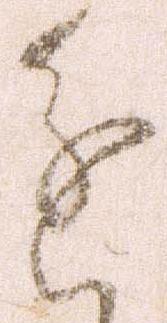
進